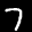
Label: 7